Leaving Certificate Examination (including Day School Certificate (Higher) General paper), 1939
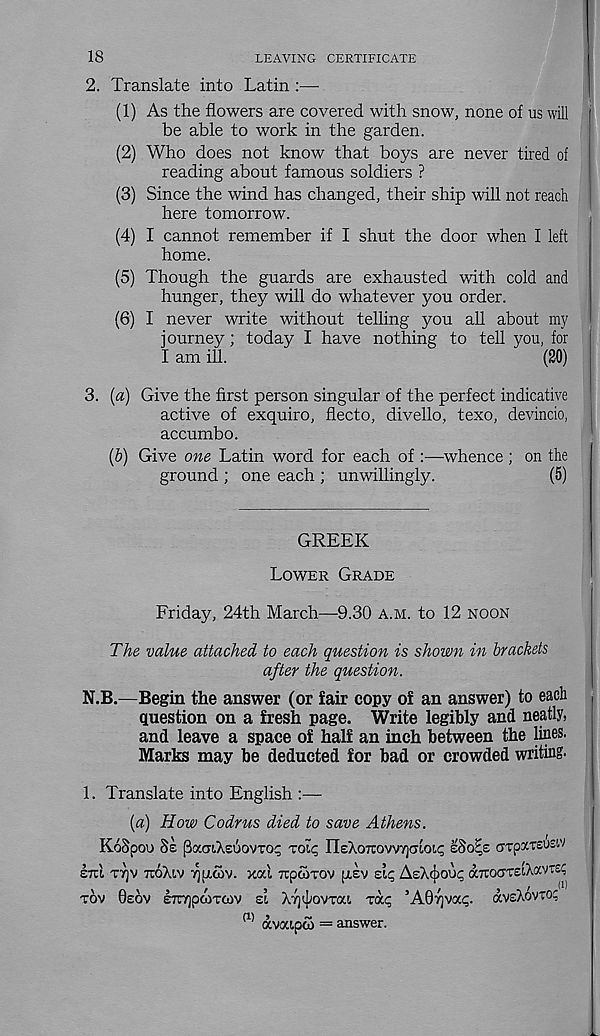
18
LEAVING CERTIFICATE
2. Translate into Latin :—
(1) As the flowers are covered with snow, none of us will
be able to work in the garden.
(2) Who does not know that boys are never tired ol
reading about famous soldiers ?
(3) Since the wind has changed, their ship will not reach
here tomorrow.
(4) I cannot remember if I shut the door when I left
home.
(5) Though the guards are exhausted with cold and
hunger, they will do whatever you order.
(6) I never write without telling you all about my
journey; today I have nothing to tell you, for
I am ill.
(20)
3. {a) Give the first person singular of the perfect indicative
active of exquiro, flecto, divello, texo, devincio,
accumbo.
(b) Give one Latin word for each of :—-whence ; on the
ground ; one each ; unwillingly.
(5)
GREEK
LOWER GRADE
Friday, 24th March—9.30 A.M. to 12 NOON
The value attached to each question is shown in brackets
after the question.
N.B.—Begin the answer (or fair copy of an answer) to each
question on a fresh page. Write legibly and neatly,
and leave a space of half an inch between the lines.
Marks may be deducted for bad or crowded writing.
1. Translate into English :—
(a) How Codrus died to save Athens.
KoSpou §£ [3a.(jiXs6ovTO^ TOIC IleXoTCOvvTjCTloi?
arpxTSUsw
era TT)V TTOXIV Y\\x<hv. xal TtpwTov [JLSV sic, AeXbou^ aTTOcrreiXavTS?
TOV 0e6v erajpAxcov zl XvyjjovToa T<X<; 5 A07)va<;. aveXovto:
(1) avoapco = answer.